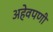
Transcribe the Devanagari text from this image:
अहेवपणी